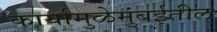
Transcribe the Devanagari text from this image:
कार्यामुळेमुंबईतील